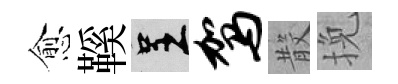
愈鞵呈驾𣪚挽